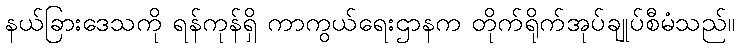
နယ်ခြားဒေသကို ရန်ကုန်ရှိ ကာကွယ်ရေးဌာနက တိုက်ရိုက်အုပ်ချုပ်စီမံသည်။